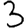
Digit: 3